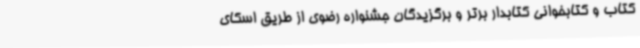
کتاب و کتابخوانی کتابدار برتر و برگزیدگان جشنواره رضوی از طریق اسکای